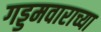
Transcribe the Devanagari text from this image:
गड्डमवाराच्या